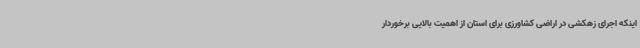
اینکه اجرای زهکشی در اراضی کشاورزی برای استان از اهمیت بالایی برخوردار